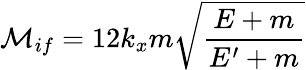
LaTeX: {\cal{M}}_{if}=12k_{x}m\sqrt{\frac{E+m}{E^{\prime}+m}}